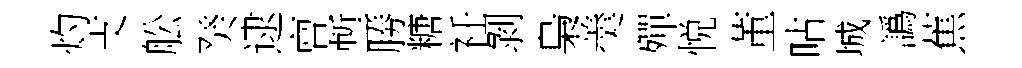
灼支舩癸逮亶塹勝糖衽剝梟羮殫悦董呫城譌蕉